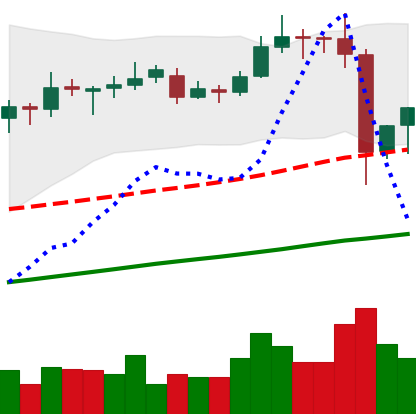
Ticker: ETC-USD
Chart end date: 2019-06-29
Forward return: -6.221%
Label: down_5_7